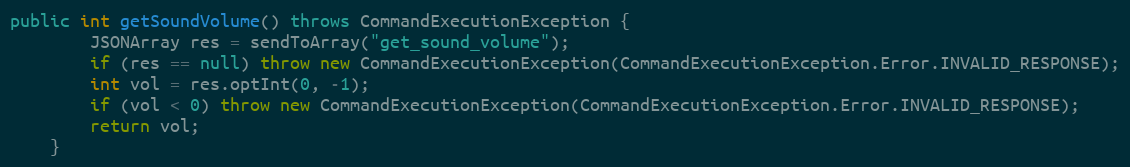
Language: Java
public int getSoundVolume() throws CommandExecutionException {
        JSONArray res = sendToArray("get_sound_volume");
        if (res == null) throw new CommandExecutionException(CommandExecutionException.Error.INVALID_RESPONSE);
        int vol = res.optInt(0, -1);
        if (vol < 0) throw new CommandExecutionException(CommandExecutionException.Error.INVALID_RESPONSE);
        return vol;
    }